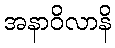
အနာဝိလာနိ